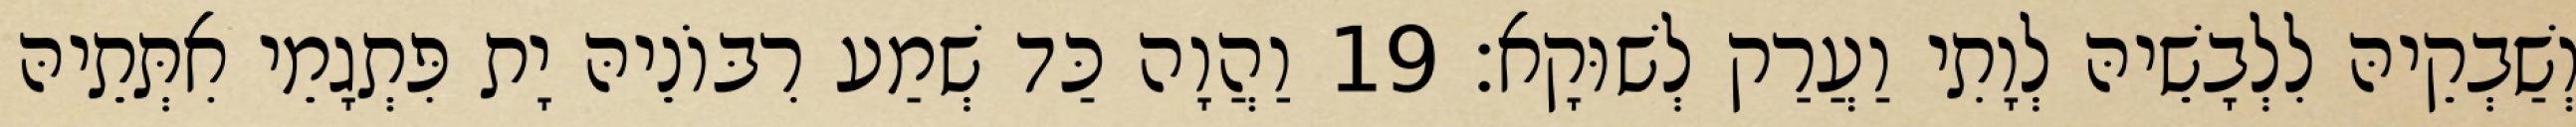
וְשַׁבְקֵיהּ לִלְבָשֵׁיהּ לְוָתִי וַעֲרַק לְשׁוּקָא׃ 19 וַהֲוָה כַּד שְׁמַע רִבּוֹנֵיהּ יָת פִּתְגָמֵי אִתְּתֵיהּ